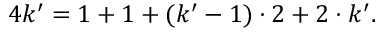
4 k ^ { \prime } = 1 + 1 + ( k ^ { \prime } - 1 ) \cdot 2 + 2 \cdot k ^ { \prime } .